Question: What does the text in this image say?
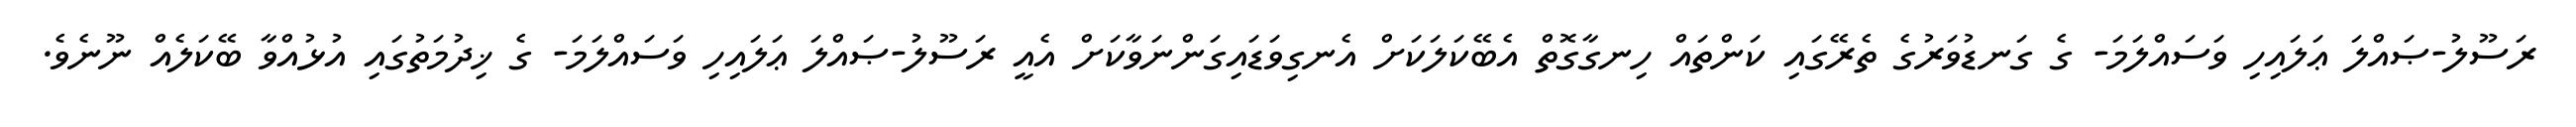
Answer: ރަސޫލު-ޞައްލަ ޢަލައިހި ވަސައްލަމަ- ގެ ގަނޑުވަރުގެ ތެރޭގައި ކަންތައް ހިނގާގޮތް އެބޭކަލަކަށް އެނގިވަޑައިގަންނަވާކަށް އެއީ ރަސޫލު-ޞައްލަ ޢަލައިހި ވަސައްލަމަ- ގެ ޚިދުމަތުގައި އުޅުއްވާ ބޭކަލެއް ނޫނެވެ.